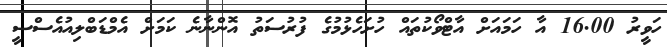
ހަވީރު 16.00 އާ ހަަމައަށް އާޓްވޯކުތައް ހުށަހެޅުމުގެ ފުރުސަތު އޮންނާނެ ކަމަށް އެމްޑަބްލިއުއެސްސީ